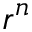
r ^ { n }